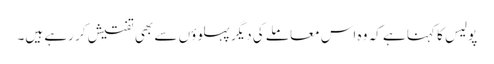
پولیس کا کہنا ہے کہ وہ اس معاملے کی دیگر پہلوؤں سے بھی تفتیش کر رہے ہیں۔